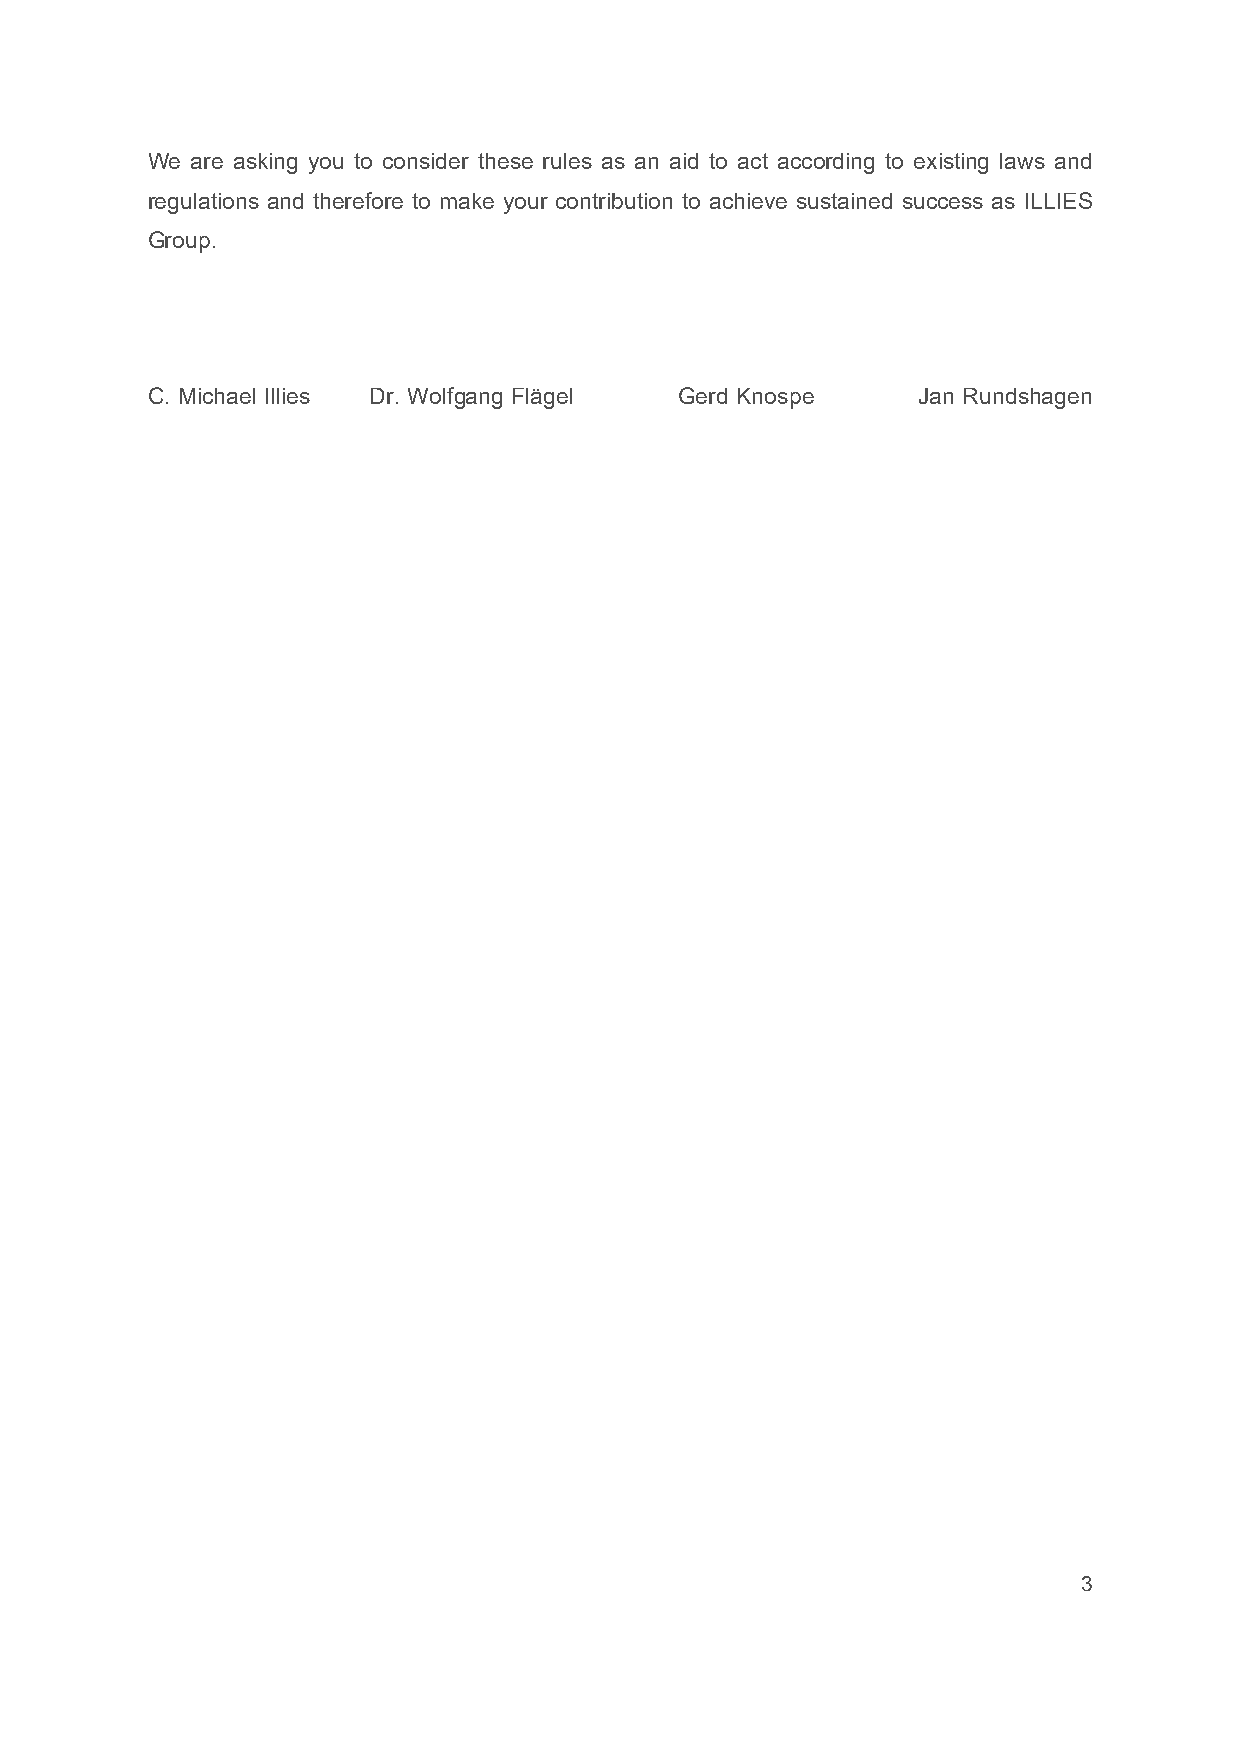
We are asking you to consider these rules as an aid to act according to existing laws and
 regulations and therefore to make your contribution to achieve sustained success as ILLIES
 Group.
 C. Michael Illies Dr. Wolfgang Flägel Gerd Knospe  Jan Rundshagen
 3